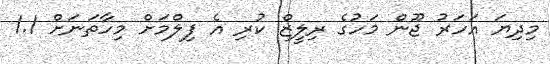
މިދިޔަ އަހަރު ޖޫން މަހުގެ ރިލީޒް ކުރި އެ ފިލްމަށް މިހާތަނަށް 1.1